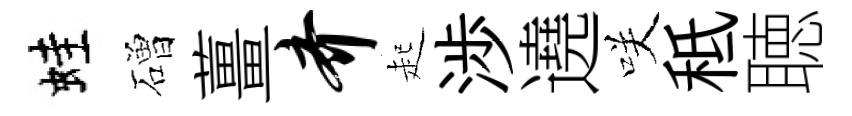
蛙磳薑齐起渉遶咲秪聴